Civil Veterinary Dept. Bombay admin report 1914-1922 - 1914-1922
Year: 1914
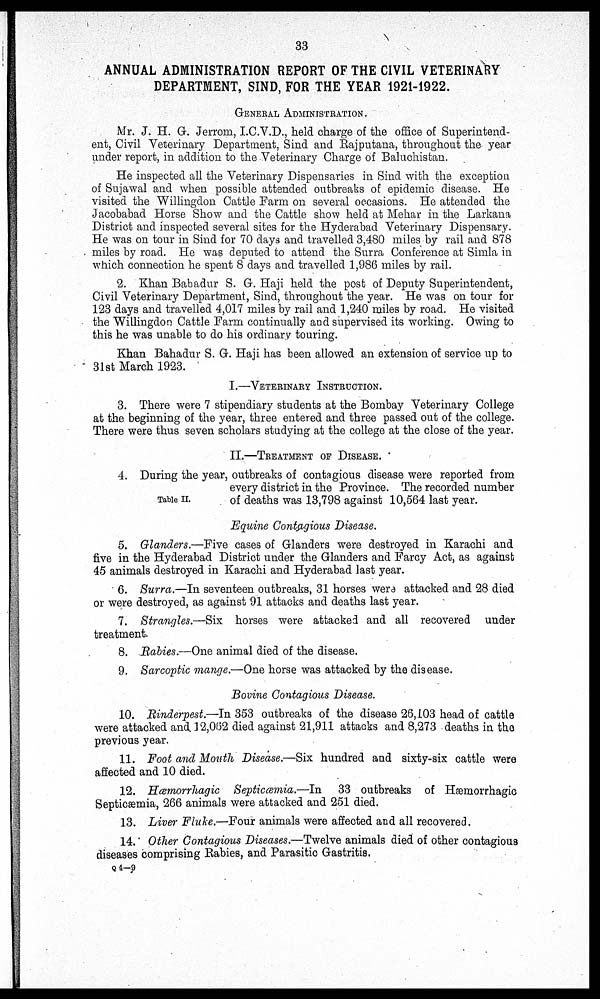
33
ANNUAL ADMINISTRATION REPORT OF THE CIVIL VETERINARY
DEPARTMENT, SIND, FOR THE YEAR 1921-1922.
GENERAL ADMINISTRATION.
Mr. J. H. G. Jerrom, I.C.V.D., held charge of the office of Superintend-
ent, Civil Veterinary Department, Sind and Rajputana, throughout the year
under report, in addition to the Veterinary Charge of Baluchistan.
He inspected all the Veterinary Dispensaries in Sind with the exception
of Sujawal and when possible attended outbreaks of epidemic disease. He
visited the Willingdon Cattle Farm on several occasions. He attended the
Jacobabad Horse Show and the Cattle show held at Mehar in the Larkana
District and inspected several sites for the Hyderabad Veterinary Dispensary.
He was on tour in Sind for 70 days and travelled 3,480 miles by rail and 878
miles by road. He was deputed to attend the Surra Conference at Simla in
which connection he spent 8 days and travelled 1,986 miles by rail.
2. Khan Babadur S. G. Haji held the post of Deputy Superintendent,
Civil Veterinary Department, Sind, throughout the year. He was on tour for
123 days and travelled 4,017 miles by rail and 1,240 miles by road. He visited
the Willingdon Cattle Farm continually and supervised its working. Owing to
this he was unable to do his ordinary touring.
Khan Bahadur S. G. Haji has been allowed an extension of service up to
31st March 1923.
I.—VETERINARY INSTRUCTION.
3. There were 7 stipendiary students at the Bombay Veterinary College
at the beginning of the year, three entered and three passed out of the college.
There were thus seven scholars studying at the college at the close of the year.
II.—TREATMENT OF DISEASE.
Table II.
4. During the year, outbreaks of contagious disease were reported from
every district in the Province. The recorded number
of deaths was 13,798 against 10,564 last year.
Equine Contagious Disease.
5. Glanders.—Five cases of Glanders were destroyed in Karachi and
five in the Hyderabad District under the Glanders and Farcy Act, as against
45 animals destroyed in Karachi and Hyderabad last year.
6. Surra.—In seventeen outbreaks, 31 horses were attacked and 28 died
or were destroyed, as against 91 attacks and deaths last year.
7. Strangles.—Six horses were attacked and all recovered under
treatment.
8. Rabies.—One animal died of the disease.
9. Sarcoptic mange.—One horse was attacked by the disease.
Bovine Contagious Disease.
10. Rinderpest.-—In 353 outbreaks of the disease 26,103 head of cattle
were attacked and 12,062 died against 21,911 attacks and 8,273 deaths in the
previous year.
11. Foot and Mouth Disease.—Six hundred and sixty-six cattle were
affected and 10 died.
12. Hæmorrhagic Septicæmia.—In 33 outbreaks of
Hæmorrhagic
Septicæm
13. Liver Fluke.—Four animals were affected and all recovered.
14. Other Contagious Diseases.—Twelve animals died of other contagious
diseases comprising Rabies, and Parasitic Gastritis.
Q 4—9